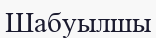
Шабуылшы